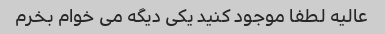
عالیه لطفا موجود کنید یکی دیگه می خوام بخرم